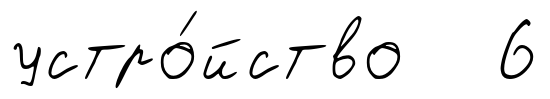
устро́йство 6